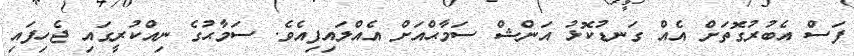
ފަސް އެބުރުގޮތަށް އެއް ގަނޑުކޮޅު އަންޝް ސަމާޙްއަށް އެއްލައިފިއެވެ. ސަމާޙުގެ ނިއްކުރީގައި ޖެހިފައި